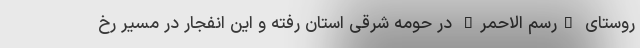
روستای "رسم الاحمر" در حومه شرقی استان رفته و این انفجار در مسیر رخ